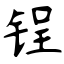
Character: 锃